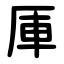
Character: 厙